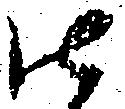
御